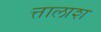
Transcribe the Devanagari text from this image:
त्तालाश